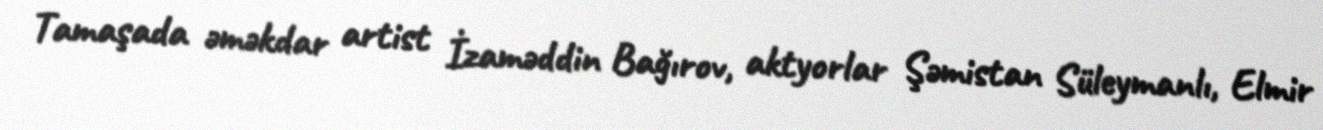
Tamaşada əməkdar artist İzaməddin Bağırov, aktyorlar Şəmistan Süleymanlı, Elmir